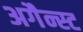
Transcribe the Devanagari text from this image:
अगैन्स्ट